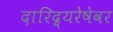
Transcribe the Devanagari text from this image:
दारिद्र्‍यरेषेवर